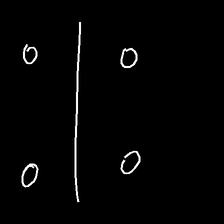
Glyph: cool